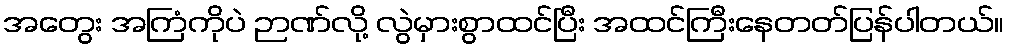
အတွေး အကြံကိုပဲ ဉာဏ်လို့ လွဲမှားစွာထင်ပြီး အထင်ကြီးနေတတ်ပြန်ပါတယ်။